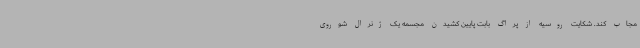
مجاب کند. شکایت روسیه از پراگ بابت پایین کشیدن مجسمه یک ژنرال شوروی